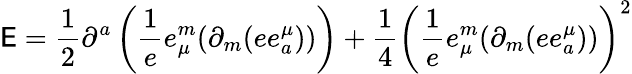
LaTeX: {\cal\mathsf{E}}=\frac{{1}}{{2}}\partial^{a}\left(\frac{{1}}{{e}}e_{\mu}^{m}(\partial_{m}(ee_{a}^{\mu}))\right)+\frac{{1}}{{4}}\left(\frac{{1}}{{e}}e_{\mu}^{m}(\partial_{m}(ee_{a}^{\mu}))\right)^{2}